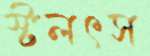
স্টলৎস